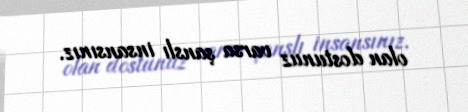
olan dostunuz varsa şanslı insansınız.